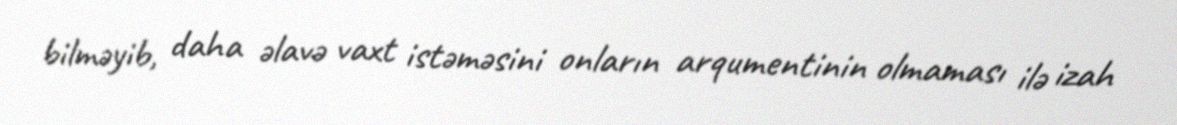
bilməyib, daha əlavə vaxt istəməsini onların arqumentinin olmaması ilə izah